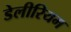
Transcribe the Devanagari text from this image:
डेलीरियम